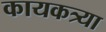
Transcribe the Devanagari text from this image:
कायकत्र्या